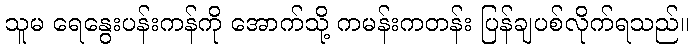
သူမ ရေနွေးပန်းကန်ကို အောက်သို့ ကမန်းကတန်း ပြန်ချပစ်လိုက်ရသည်။